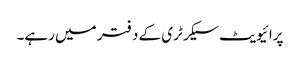
پرائیویٹ سیکرٹری کے دفتر میں رہے۔